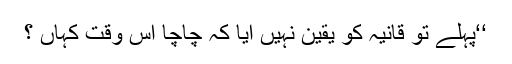
‘‘پہلے تو قانیہ کو یقین نہیں آیا کہ چاچا اس وقت کہاں ؟